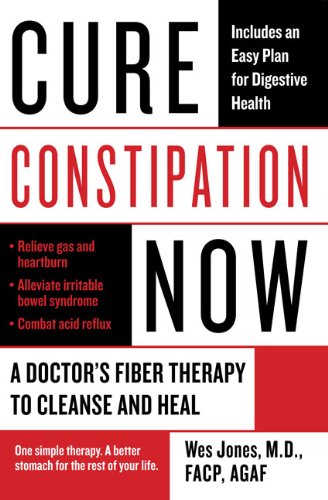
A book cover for Cure Constipation Now: A Doctor's Fiber Therapy to Cleanse and Heal; Wes Jones; Health, Fitness & Dieting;